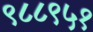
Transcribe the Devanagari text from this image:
९८८९५१